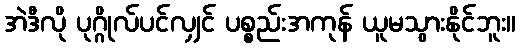
အဲဒီလို ပုဂ္ဂိုလ်ပင်လျှင် ပစ္စည်းအကုန် ယူမသွားနိုင်ဘူး။